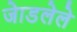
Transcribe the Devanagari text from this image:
जेाडलेले